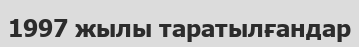
1997 жылы таратылғандар